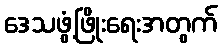
ဒေသဖွံ့ဖြိုးရေးအတွက်